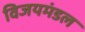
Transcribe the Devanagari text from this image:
विजयमंडल